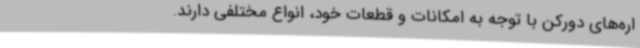
اره‌های دورکن‌ با توجه به امکانات و قطعات خود، انواع مختلفی دارند.